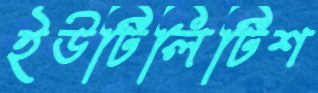
ইউটিলিটিশ